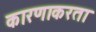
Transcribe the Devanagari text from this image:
कारणाकरता